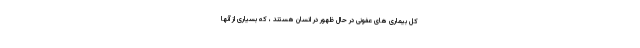
کل بیماری های عفونی در حال ظهور در انسان هستند ، که بسیاری از آنها